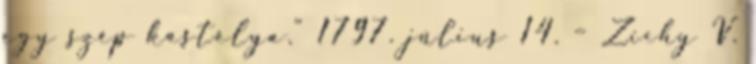
egy szép kastélya.” 1797. július 14. – Zichy V.